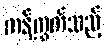
ကန့်ကွက်သည့်